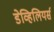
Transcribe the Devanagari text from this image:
डेव्हिलियर्स